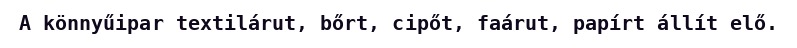
A könnyűipar textilárut, bőrt, cipőt, faárut, papírt állít elő.